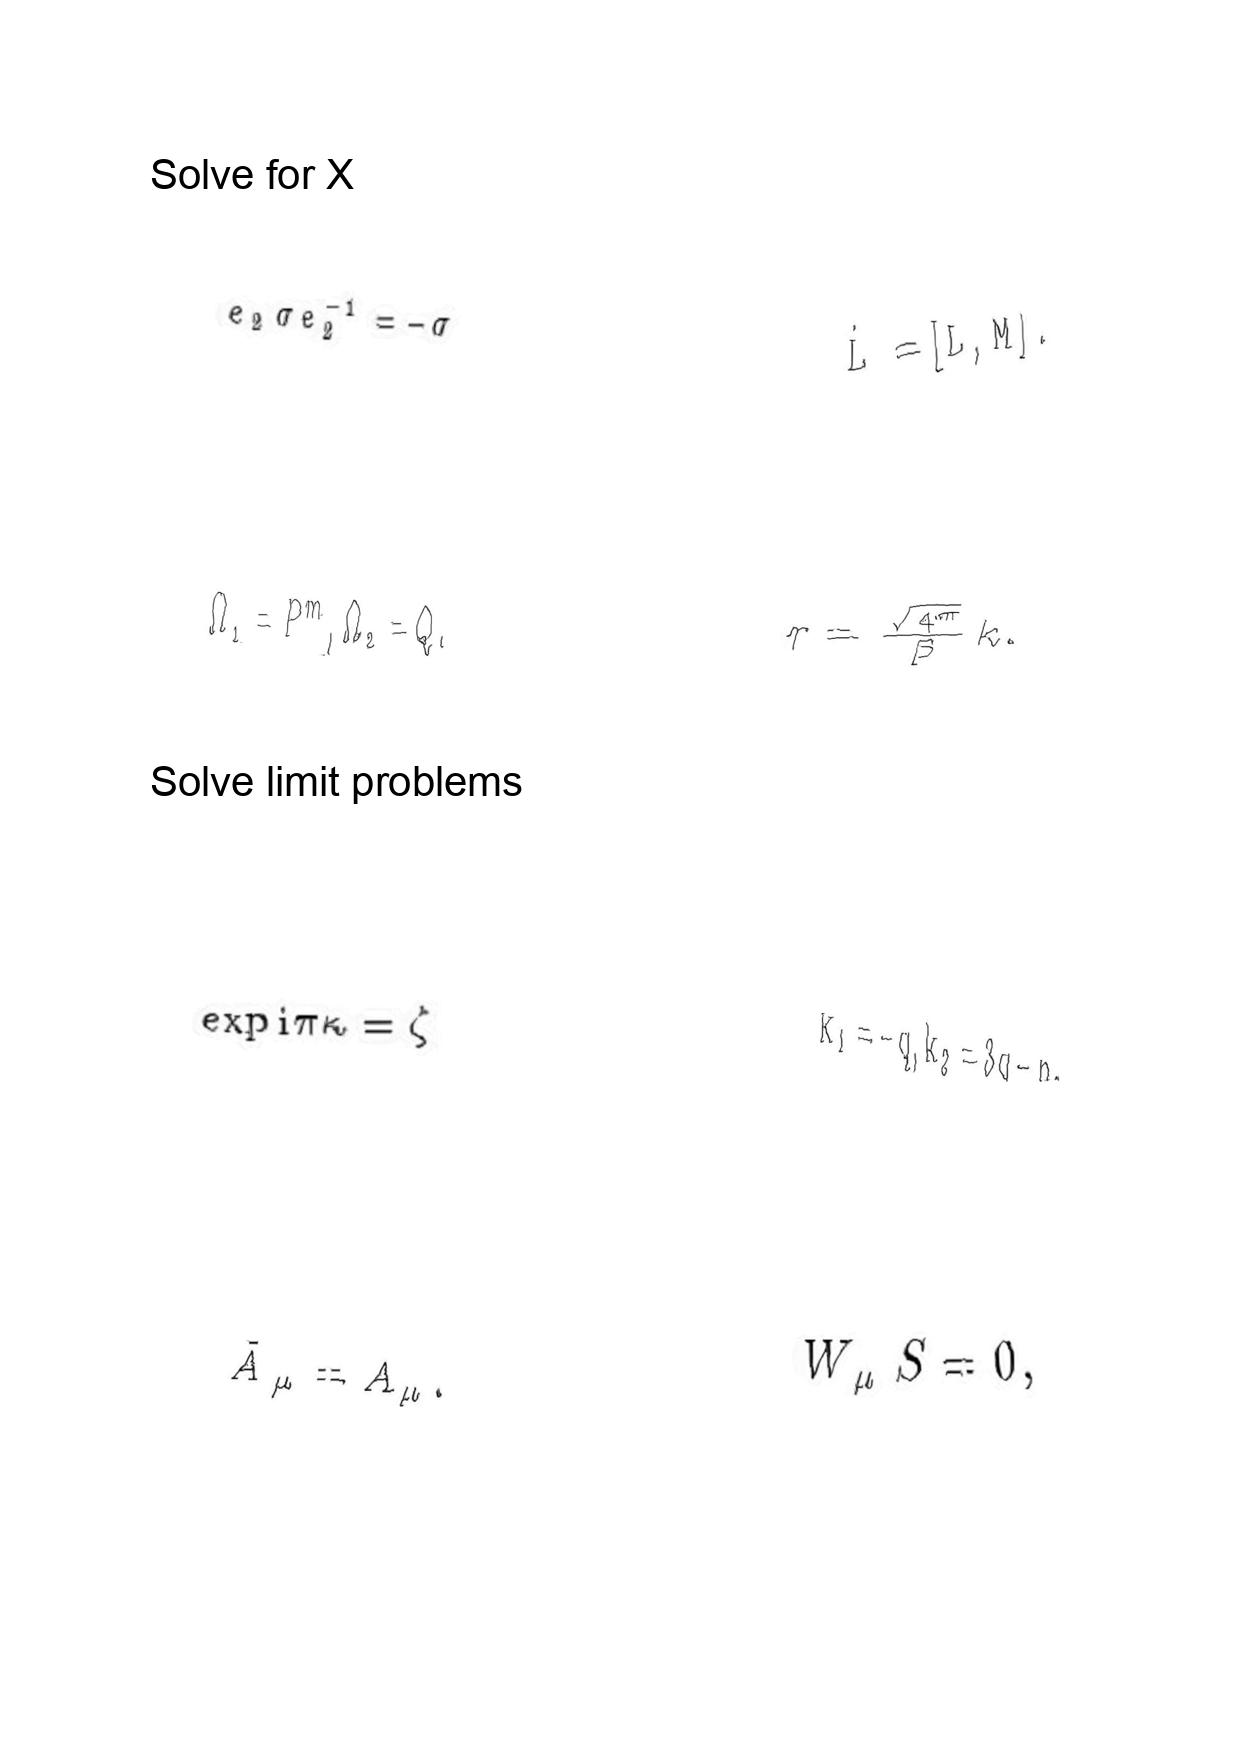
LaTeX transcription:
e _ { 2 } \sigma e _ { 2 } ^ { - 1 } = - \sigma
\Omega _ { 1 } = P ^ { m } , \Omega _ { 2 } = Q .
\exp i \pi \kappa = \zeta
\tilde { A } _ { \mu } = A _ { \mu } .
\dot { L } = \lbrack L , M \rbrack .
r = \frac { \sqrt { 4 \pi } } { \beta } k .
k _ { 1 } = - q , k _ { 2 } = 3 q - p .
W _ { \mu } S = 0 ,